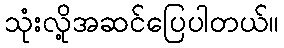
သုံးလို့အဆင်ပြေပါတယ်။